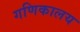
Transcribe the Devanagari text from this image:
गणिकालय